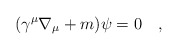
\begin{align*}(\gamma^\mu\nabla_\mu+m)\psi=0~~~,\end{align*}